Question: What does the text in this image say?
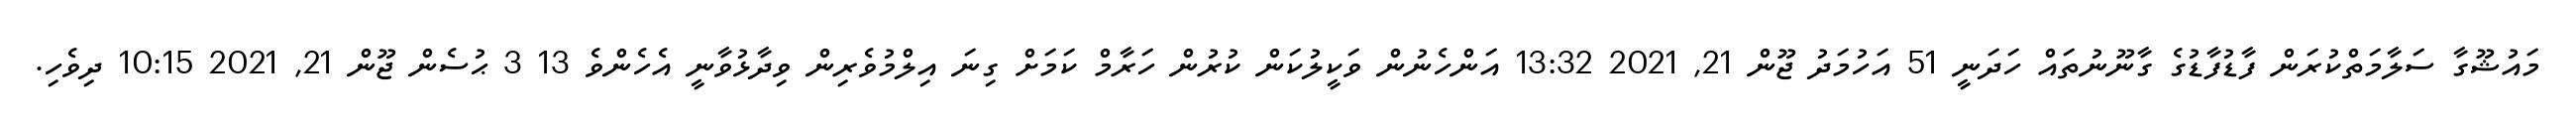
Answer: މައުޝޫގާ ސަލާމަތްކުރަން ފާޑުފާޑުގެ ގާނޫނުތައް ހަދަނީ 51 އަހުމަދު ޖޫން 21, 2021 13:32 އަންހެނުން ވަކީލުކަން ކުރުން ހަރާމް ކަމަށް ގިނަ އިލްމުވެރިން ވިދާޅުވާނީ އެހެންވެ 13 3 ޙުސެން ޖޫން 21, 2021 10:15 ދިވެހި.